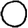
Digit: 0